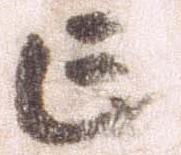
亡